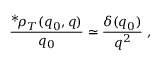
\frac { { } ^ { \ast } \! \rho _ { T } ( q _ { 0 } , q ) } { q _ { 0 } } \simeq \frac { \delta ( q _ { 0 } ) } { q ^ { 2 } } \; ,